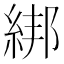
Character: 綁